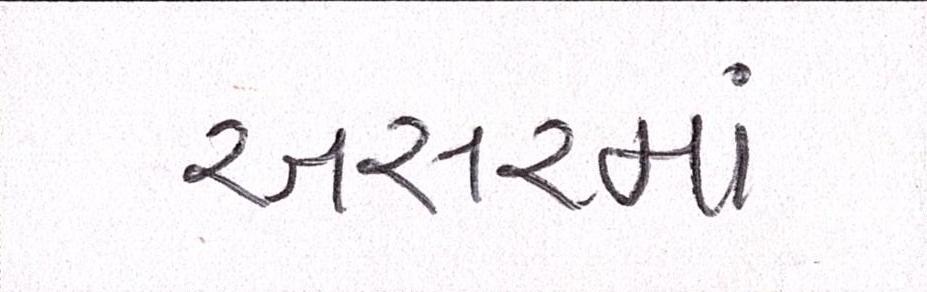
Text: અસરમાં